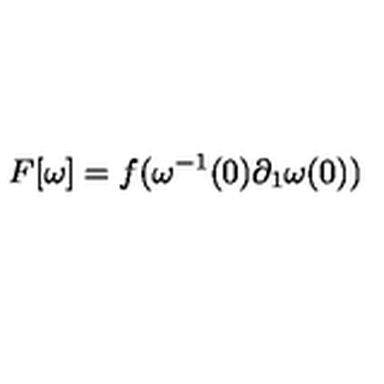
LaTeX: F [ \omega ] = f ( \omega ^ { - 1 } ( 0 ) \partial _ { 1 } \omega ( 0 ) )